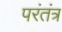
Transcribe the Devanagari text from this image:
परंतंत्र